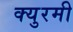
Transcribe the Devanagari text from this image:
क्युरमी